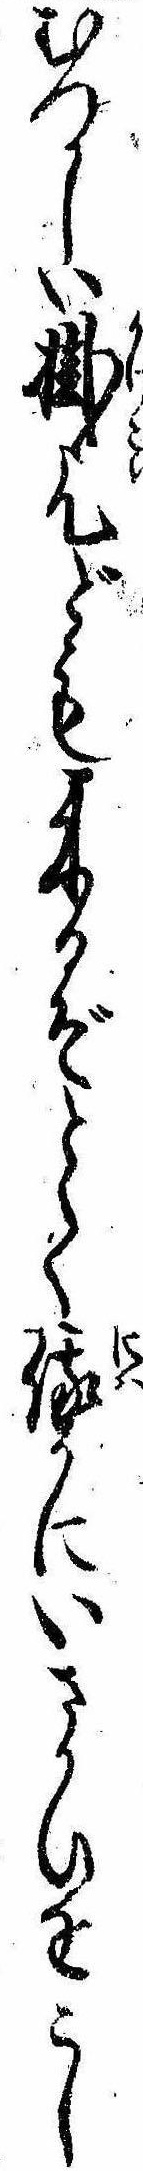
むつかしい掛乞ども来るぞとて俄かにいさかひをこし